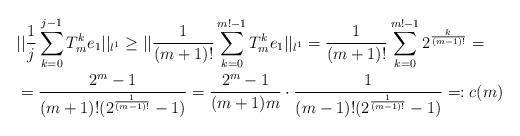
LaTeX: \begin{align*}& ||\frac{1}{j}\sum_{k=0}^{j-1} T_m^k e_1||_{l^1} \ge ||\frac{1}{(m+1)!}\sum_{k=0}^{m!-1}T_m^ke_1||_{l^1} = \frac{1}{(m+1)!}\sum_{k=0}^{m!-1} 2^{\frac{k}{(m-1)!}} = \\& = \frac{2^m - 1}{(m+1)!(2^{\frac{1}{(m-1)!}}-1)} = \frac{2^m - 1}{(m+1)m} \cdot \frac{1}{(m-1)! (2^{\frac{1}{(m-1)!}} - 1)} =: c(m) \end{align*}